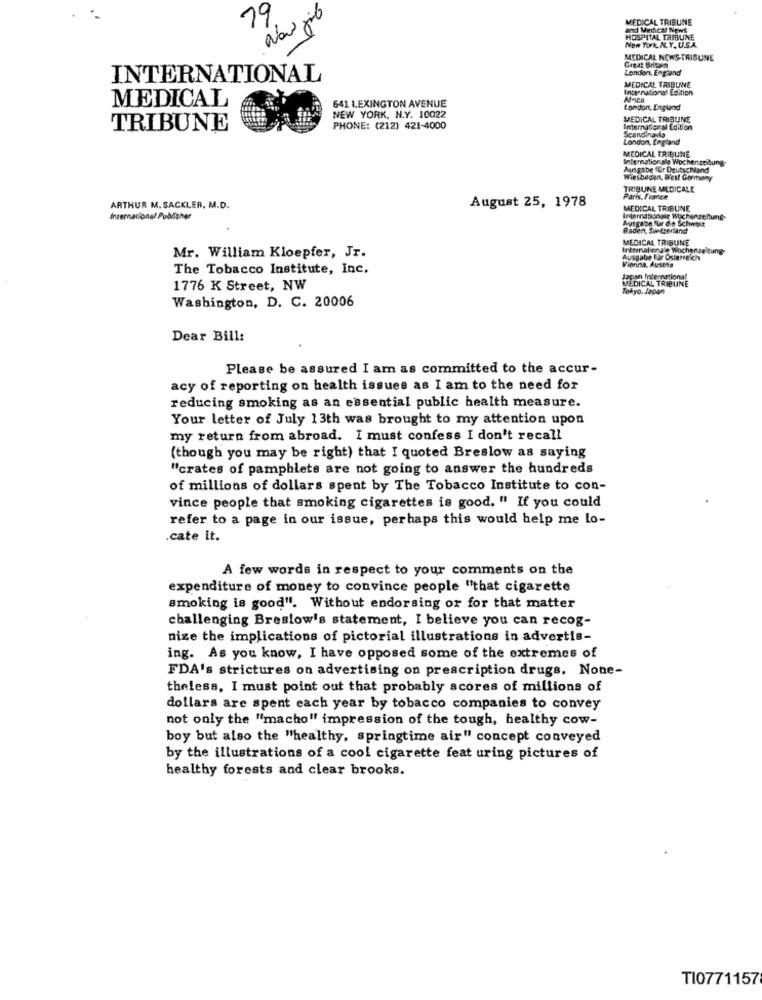
19
MEDICAL TRIBUNE
and Merficar News
HOSPITAL TRIBUNE
New York AL.Y. U.S.A.
MEDICAL NEWS-TRIBUNE
London, England
Great Britain
INTERNATIONAL
MEDICAL TRIBUNE
International Edition
MEDICAL
641 LEXINGTON AVENUE
M-ica
NEW YORK, N.Y. 10022
London, England
MEDICAL TRIBUNE
TRIBUNE
PHONE: (212) 421-4000
International Edition
Scandinavia
London, England
MEDICAL TRIBUNE
Internationale Wochenzeitung-
Ausgabe für Deutschland
Wiesbaden, West Germany
TRIBUNE MEDICALE
Paris, France
ARTHUR M. SACKLER, M.D.
August 25, 1978
MEDICAL TRIBUNE
Inzernacional Publisher
Indernaponsię Wochenzeitung-
Ausgabe fur die Schwit
Baden, She theriand
MEDICAL TRIBUNE
Internationale Wochenzeitung
Mr. William Kloepfer, Jr.
Ausgabe Bär Osterreich
The Tobacco Institute, Inc.
Vienna, Ausina
Japan International
MEDICAL TRIBUNE
1776 K Street, NW
Tokyo, Japan
Washington, D. C. 20006
Dear Bill:
Please be assured I am as committed to the accur-
acy of reporting on health issues as I am to the need for
reducing smoking as an essential public health measure.
Your letter of July 13th was brought to my attention upon
my return from abroad. I must confess I don't recall
(though you may be right) that I quoted Breslow as saying
"crates of pamphlets are not going to answer the hundreds
of millions of dollars spent by The Tobacco Institute to con-
vince people that smoking cigarettes is good. " If you could
refer to a page in our issue, perhaps this would help me lo-
.cate it.
A few words in respect to your comments on the
expenditure of money to convince people "that cigarette
smoking is good". Without endorsing or for that matter
challenging Breslow's statement, I believe you can recog-
nize the implications of pictorial illustrations in advertis-
ing. As you know, I have opposed some of the extremes of
FDA's strictures on advertising on prescription drugs, None-
theless, I must point out that probably scores of millions of
dollars are spent each year by tobacco companies to convey
not only the "macho" impression of the tough, healthy cow-
boy but also the "healthy, springtime air" concept conveyed
by the illustrations of a cool cigarette feat uring pictures of
healthy forests and clear brooks.
TI0771157